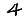
Digit: 4